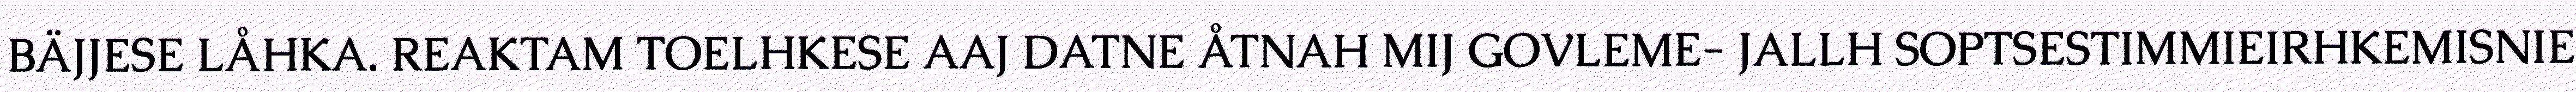
BÄJJESE LÅHKA. REAKTAM TOELHKESE AAJ DATNE ÅTNAH MIJ GOVLEME- JALLH SOPTSESTIMMIEIRHKEMISNIE